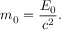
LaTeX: m _ { 0 } = { \frac { E _ { 0 } } { c ^ { 2 } } } .